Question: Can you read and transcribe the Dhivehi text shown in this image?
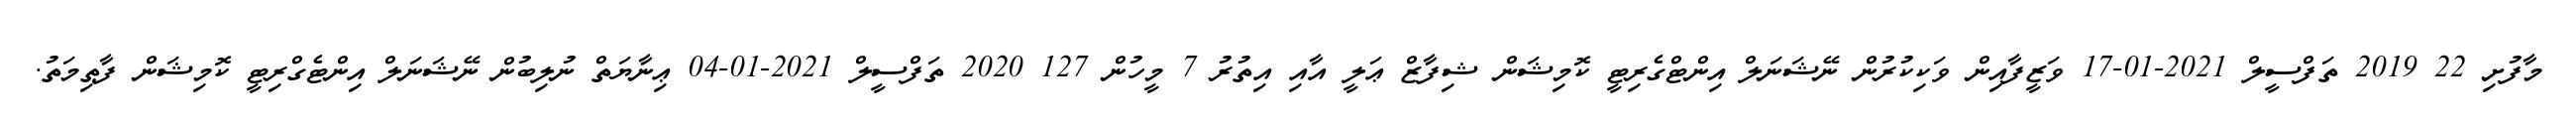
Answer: މާފުށި 22 2019 ތަފްސީލް 2021-01-17 ވަޒީފާއިން ވަކިކުރުން ނޭޝަނަލް އިންޓްގެރިޓީ ކޮމިޝަން ޝިފާޒް ޢަލީ އާއި އިތުރު 7 މީހުން 127 2020 ތަފްސީލް 2021-01-04 ޢިނާޔަތް ނުލިބުން ނޭޝަނަލް އިންޓެގްރިޓީ ކޮމިޝަން ފާޠިމަތު.